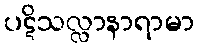
ပဋိသလ္လာနာရာမာ